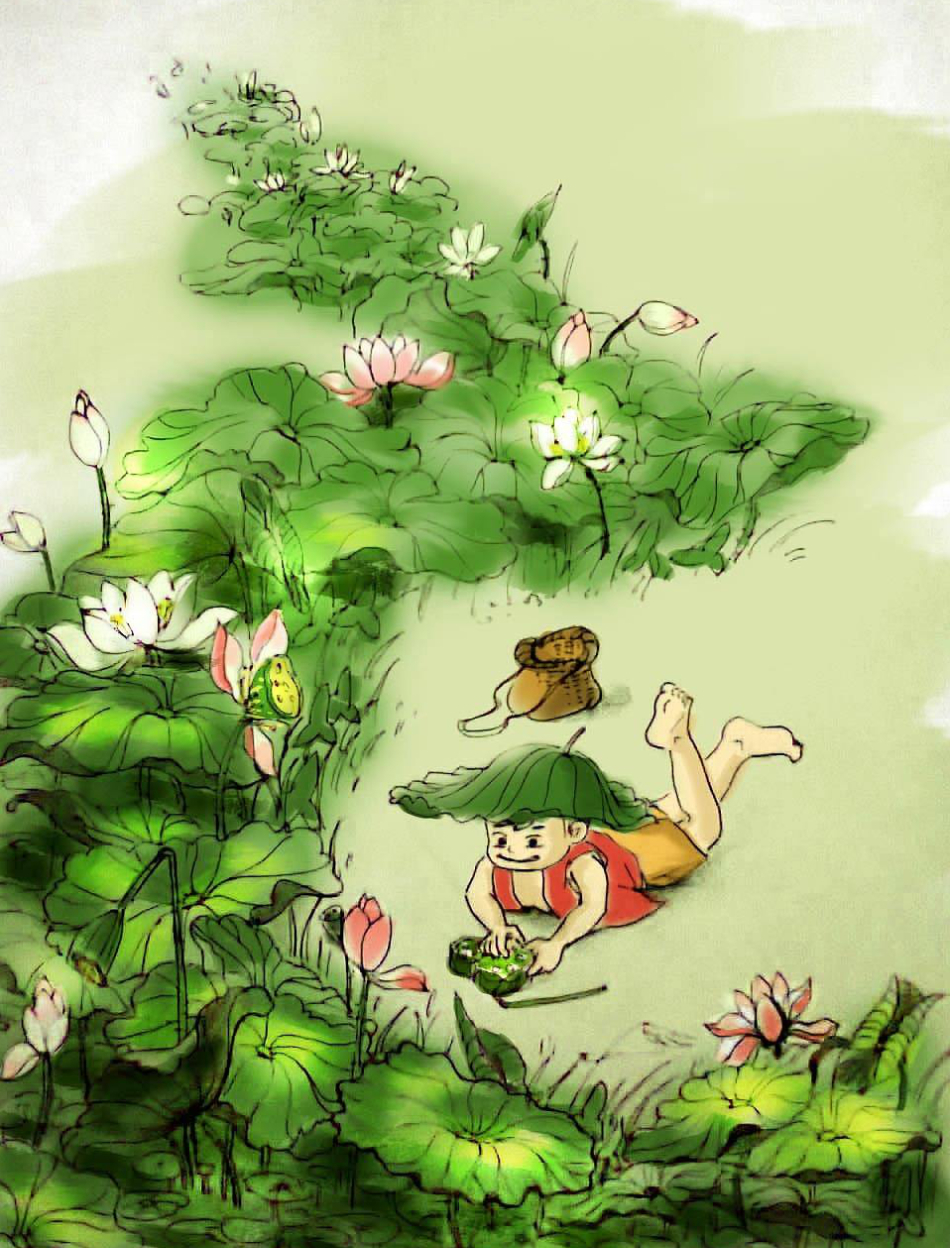
知有儿童挑促织，夜深篱落一灯明。